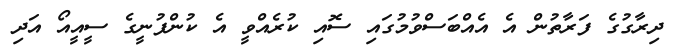
ދިރާގުގެ ފަރާތުން އެ އެއްބަސްވުމުގައި ސޮއި ކުރެއްވީ އެ ކުންފުނީގެ ސީއީއޯ އަދި